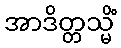
အာဒိတ္တသ္မိံ